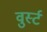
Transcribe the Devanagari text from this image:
वुर्स्ट